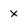
Character: x